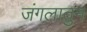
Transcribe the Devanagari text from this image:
जंगलातुन